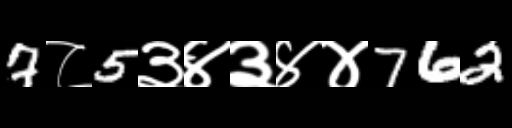
Text: 7८5३४३४४762